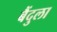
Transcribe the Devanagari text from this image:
बैंदुला